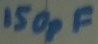
Text: 150pF